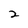
Character: 2